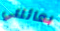
بعائلتي